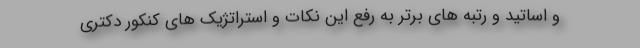
و اساتید و رتبه های برتر به رفع این نکات و استراتژیک های کنکور دکتری